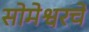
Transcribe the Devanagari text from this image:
सोमेश्वरचे